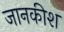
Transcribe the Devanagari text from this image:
जानकीश